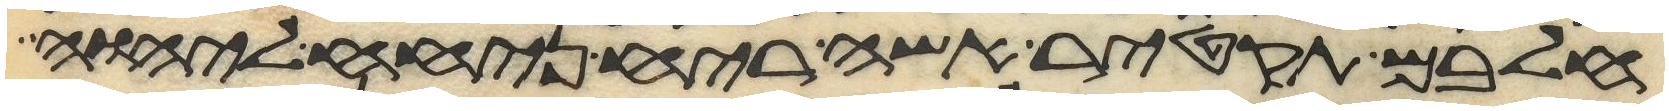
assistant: חלבם תקטיר אשה ריח ניחח ליהוה